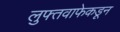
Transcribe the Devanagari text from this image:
लुफ्तवाफेकडून